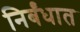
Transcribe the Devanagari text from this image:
निर्बंधात